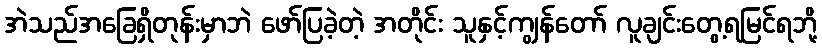
အဲသည်အခြေရှိတုန်းမှာဘဲ ဖော်ပြခဲ့တဲ့ အတိုင်း သူနှင့်ကျွန်တော် လူချင်းတွေ့ရမြင်ရဘို့